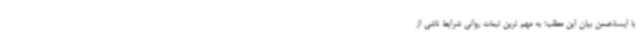
با ایسنا،ضمن بیان این مطلب؛ به مهم ترین تبعات روانی شرایط ناشی از